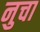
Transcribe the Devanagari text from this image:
नुचा